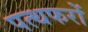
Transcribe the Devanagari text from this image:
पत्थफरों